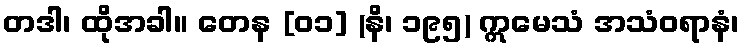
တဒါ၊ ထိုအခါ။ တေန [၀၁] (နိ၊ ၁၉၅) ဣမေသံ အသံဝရာနံ၊